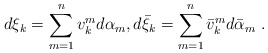
\begin{align*} d\xi_k=\sum_{m=1}^n v^m_k d\alpha_m , d\bar\xi_k=\sum_{m=1}^n \bar v^m_k d\bar\alpha_m \ .\end{align*}